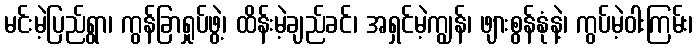
မင်းမဲ့ပြည်ရွာ၊ ကွန်ခြာရှုပ်ဖွဲ့၊ ထိန်းမဲ့ချည်ခင်၊ အရှင်မဲ့ကျွန်၊ ဖျားစွန်နုံနဲ့၊ ကွပ်မဲ့ဝါးကြမ်း၊